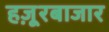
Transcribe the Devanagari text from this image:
हज़ूरबाजार